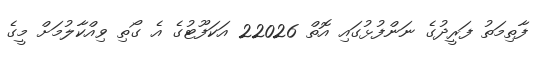
ފާތިމަތު ފަރީދުގެ ނަންފުޅުގައި އޮތް 22026 އަކަފޫޓުގެ އެ ގޯތި ވިއްކާލުމަށް މީގެ